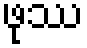
ဖုဿ